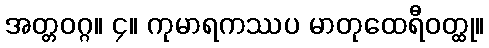
အတ္တဝဂ္ဂ။ ၄။ ကုမာရကဿပ မာတုထေရီဝတ္ထု။